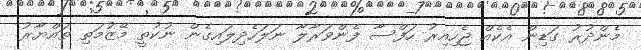
މެންދުރު ގަޑިން އެކެއް ޖެހިއިރު ހަފްސާ ފެންވަރާލާ ނަލަހެދިލައިގެން ނުކުތީ މޭޒުމަތި ތައްޔާރު